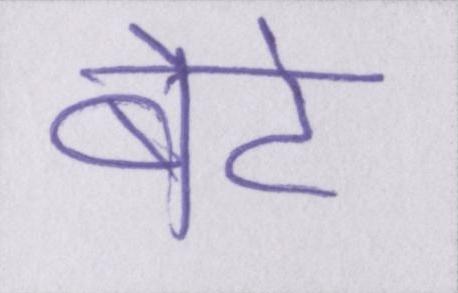
बेटे